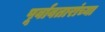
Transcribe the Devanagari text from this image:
पूर्वावतारांच्या